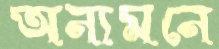
অন্যমনে